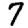
Digit: 7